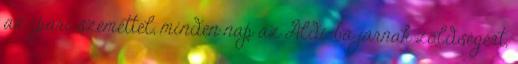
az ipari szeméttel, minden nap az Aldi-ba járnak zöldségért,